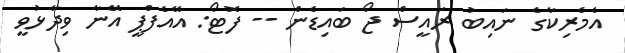
އެމެރިކާގެ ނައިބު ރައީސް ޖޯ ބައިޑެން -- ފޮޓޯ: އޭއެފްޕީ އޭނާ ވިދާޅުވީ